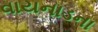
વાયનાડના